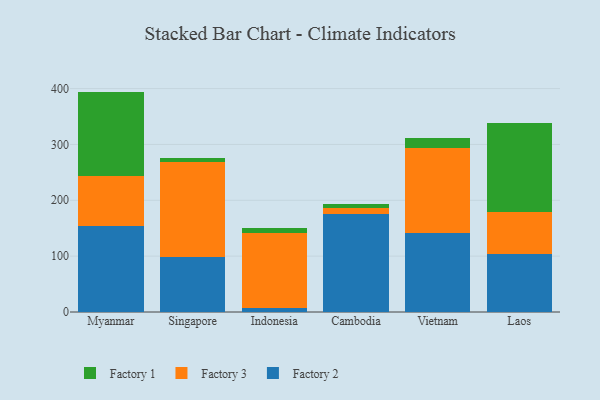
{"axis": {"x": "Country", "y": "Humidity (%)"}, "legend": ["Factory 1", "Factory 2", "Factory 3"], "data": [{"x": "Myanmar", "y": 154.0, "type": "Factory 2"}, {"x": "Myanmar", "y": 89.1, "type": "Factory 3"}, {"x": "Myanmar", "y": 151.5, "type": "Factory 1"}, {"x": "Singapore", "y": 98.5, "type": "Factory 2"}, {"x": "Singapore", "y": 169.5, "type": "Factory 3"}, {"x": "Singapore", "y": 8.0, "type": "Factory 1"}, {"x": "Indonesia", "y": 6.7, "type": "Factory 2"}, {"x": "Indonesia", "y": 134.3, "type": "Factory 3"}, {"x": "Indonesia", "y": 9.9, "type": "Factory 1"}, {"x": "Cambodia", "y": 174.9, "type": "Factory 2"}, {"x": "Cambodia", "y": 10.7, "type": "Factory 3"}, {"x": "Cambodia", "y": 8.2, "type": "Factory 1"}, {"x": "Vietnam", "y": 140.6, "type": "Factory 2"}, {"x": "Vietnam", "y": 152.6, "type": "Factory 3"}, {"x": "Vietnam", "y": 17.5, "type": "Factory 1"}, {"x": "Laos", "y": 104.5, "type": "Factory 2"}, {"x": "Laos", "y": 75.0, "type": "Factory 3"}, {"x": "Laos", "y": 158.3, "type": "Factory 1"}]}